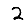
Digit: 2